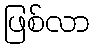
ဖြစ်လာ